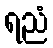
ရညံ